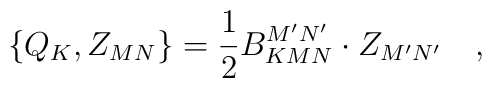
\left\{ Q_K,Z_{MN}\right\} =\frac 12B_{KMN}^{M^{\prime}N^{\prime }}\cdot Z_{M^{\prime }N^{\prime }}\quad ,